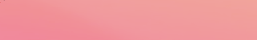
محلات بيع العطور الشرقية